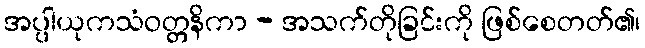
အပ္ပါယုကသံဝတ္တနိကာ - အသက်တိုခြင်းကို ဖြစ်စေတတ်၏၊